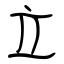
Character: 立